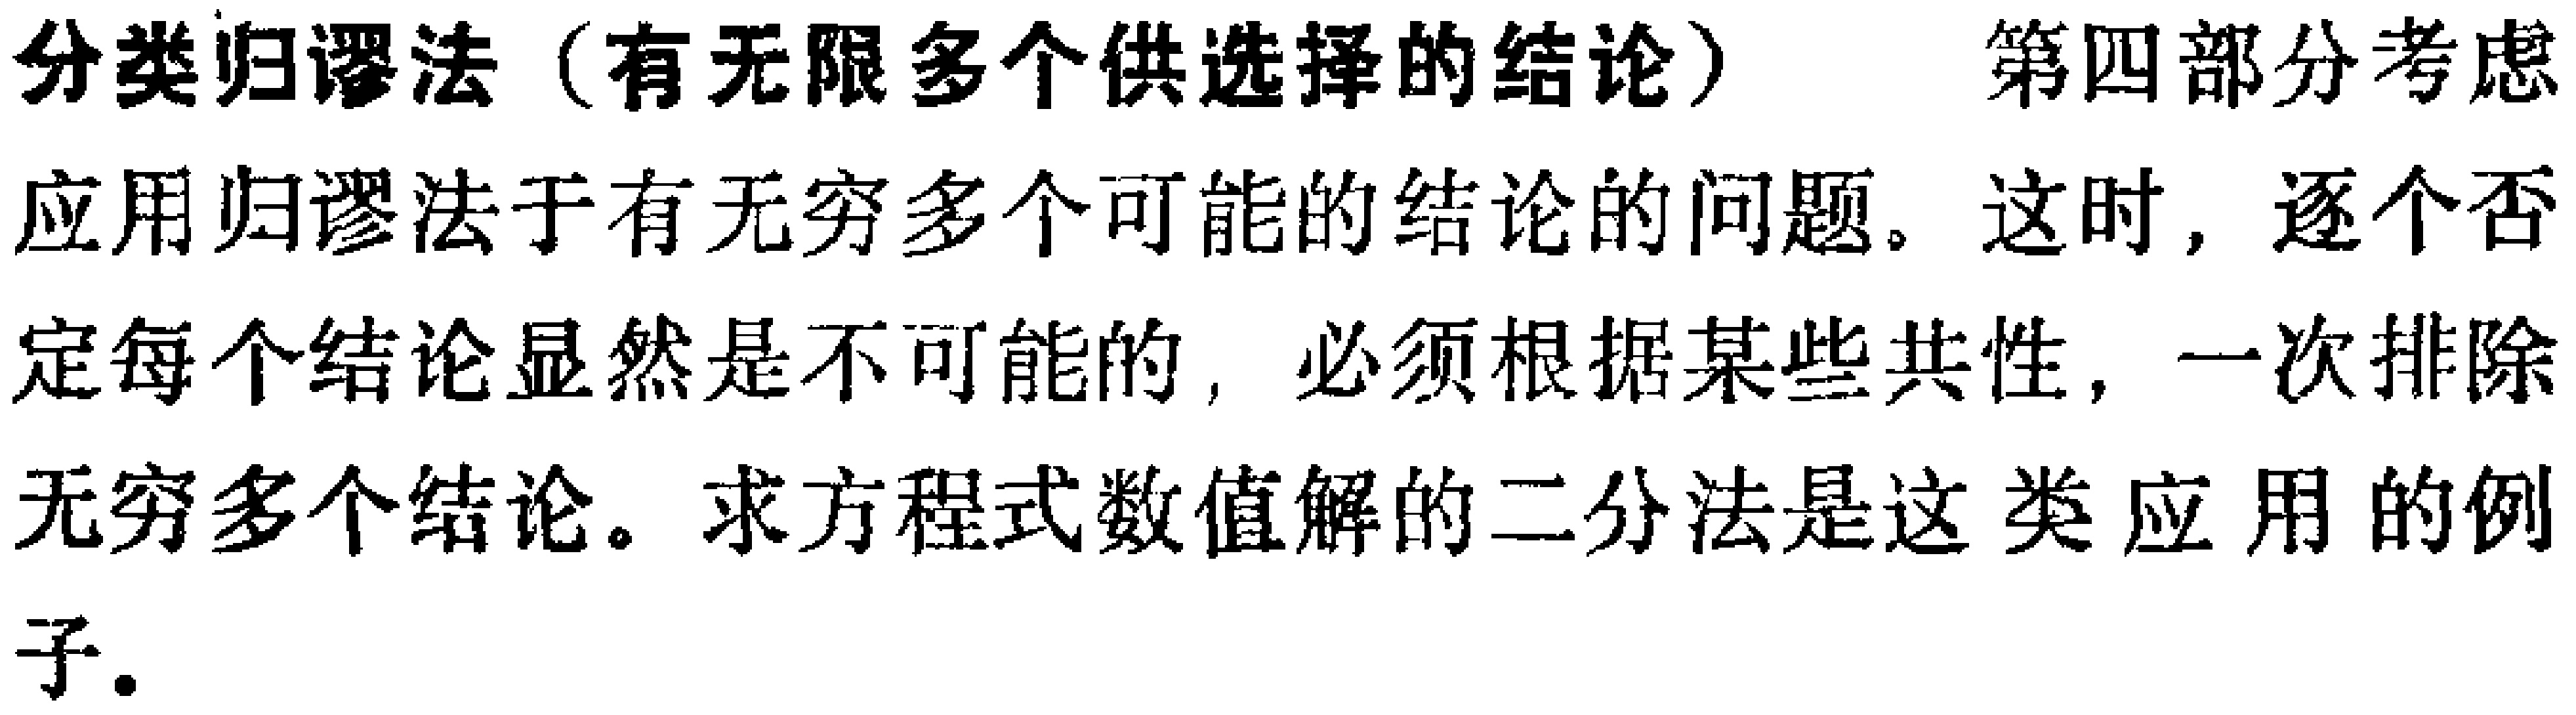
分类归谬法（有无限多个供选择的结论） 第四部分考虑
应用归谬法于有无穷多个可能的结论的问题。这时，逐个否
定每个结论显然是不可能的，必须根据某些共性，一次排除
无穷多个结论。求方程式数值解的二分法是这类应用的例
子。